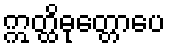
ဣတ္ထိဓုတ္တောပေ